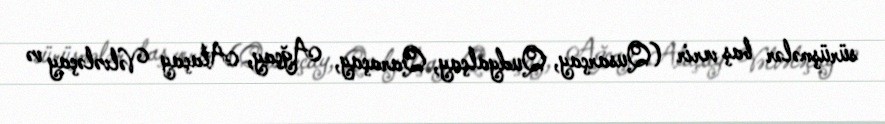
sürüşmələr baş verir (Qusarçay, Qudyalçay, Qaraçay, Ağçay, Ataçay Vəlvələçay və